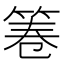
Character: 𮅒